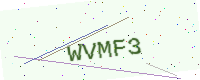
Text: WVMF3